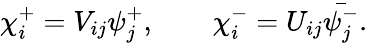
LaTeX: \chi_{i}^{+}=V_{ij}\psi_{j}^{+},\qquad\chi_{i}^{-}=U_{ij}\bar{\psi_{j}^{-}}.